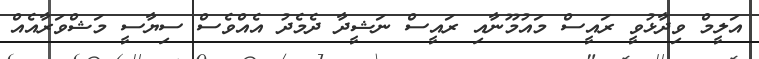
އަލީމް ވިދާޅުވީ ރައީސް މައުމޫނާއި ރައީސް ނަޝީދާ ދެމެދު އެއްވެސް ސިޔާސީ މަޝްވަރާއެއް